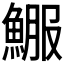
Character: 𩸤